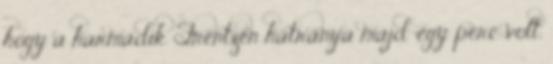
hogy a harmadik Frentzen hátránya majd' egy perc volt.